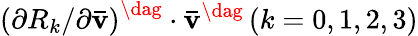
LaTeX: {{{\left({{\partial{R_{k}}}/{{\partial{\mathbf{\bar{v}}}}}}\right)}^{\dag}}\cdot{{{\mathbf{\bar{v}}}}^{\dag}}}\left({k=0,1,2,3}\right)